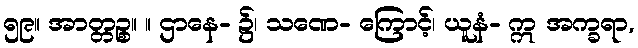
၅၉။ အာတ္တဉ္စ။ ။ ဌာနေ- ၌၊ သဏေ- ကြောင့်၊ ယူနံ- ဣ အက္ခရာ,